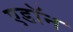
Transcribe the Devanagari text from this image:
एडॉन